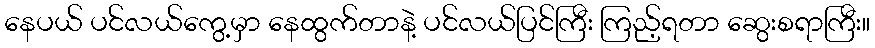
နေပယ် ပင်လယ်ကွေ့မှာ နေထွက်တာနဲ့ ပင်လယ်ပြင်ကြီး ကြည့်ရတာ ဆွေးစရာကြီး။